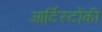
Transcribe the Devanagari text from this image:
आर्टिस्टोंकी